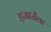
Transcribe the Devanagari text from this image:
हजारोंचा